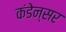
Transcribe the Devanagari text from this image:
कंडेन्सर